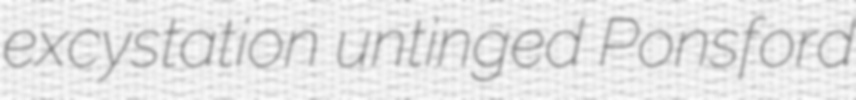
excystation untinged Ponsford